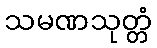
သမဏသုတ္တံ